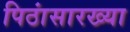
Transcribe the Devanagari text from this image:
पिठांसारख्या